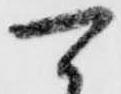
可